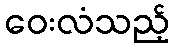
ဝေးလံသည့်